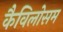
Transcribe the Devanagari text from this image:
कैविलोसम